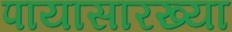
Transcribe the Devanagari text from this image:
पायासारख्या